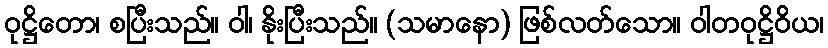
ဝုဋ္ဌိတော၊ စပြီးသည်။ ဝါ၊ နိုးပြီးသည်။ (သမာနော) ဖြစ်လတ်သော။ ဝါတဝုဋ္ဌိဝိယ၊